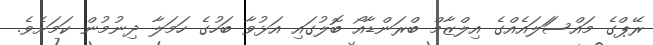
ރޭޕްގެ މައްސަަލައެއްގެ އިލްޒާމް ބްރަންޑާއޯ ބޮލުގައި އަޅުވާ ބަހުގެ ހަމަލާ ދިނުމުން ކަމަށެވެ.